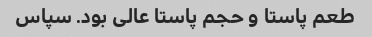
طعم پاستا و حجم پاستا عالی بود. سپاس